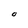
Character: O